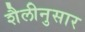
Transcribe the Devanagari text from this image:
शैलीनुसार